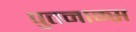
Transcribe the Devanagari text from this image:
पुतनाम्स